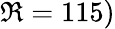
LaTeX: \Re=115)